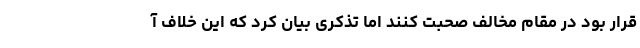
قرار بود در مقام مخالف صحبت کنند اما تذکری بیان کرد که این خلاف آ